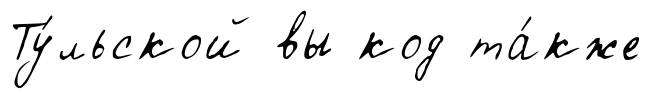
Ту́льской вы код та́кже